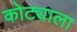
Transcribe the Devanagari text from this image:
कोट्याला